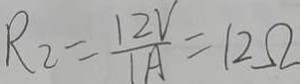
R _ { 2 } = \frac { 1 2 V } { 1 A } = 1 2 \Omega